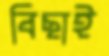
বিছাই